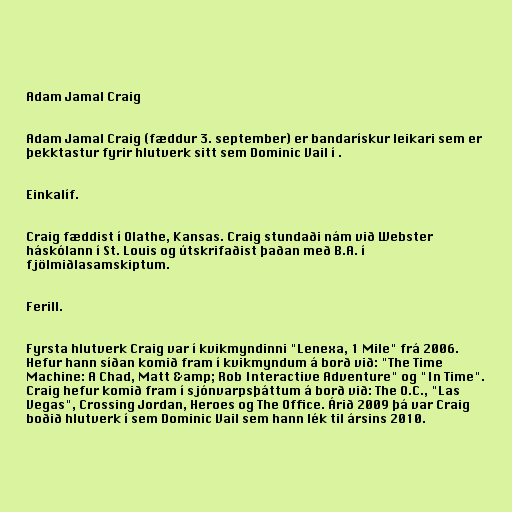
Adam Jamal Craig

Adam Jamal Craig (fæddur 3. september) er bandarískur leikari sem er
þekktastur fyrir hlutverk sitt sem Dominic Vail í .

Einkalíf.

Craig fæddist í Olathe, Kansas. Craig stundaði nám við Webster
háskólann í St. Louis og útskrifaðist þaðan með B.A. í
fjölmiðlasamskiptum.

Ferill.

Fyrsta hlutverk Craig var í kvikmyndinni "Lenexa, 1 Mile" frá 2006.
Hefur hann síðan komið fram í kvikmyndum á borð við: "The Time
Machine: A Chad, Matt &amp; Rob Interactive Adventure" og "In Time".
Craig hefur komið fram í sjónvarpsþáttum á borð við: The O.C., "Las
Vegas", Crossing Jordan, Heroes og The Office. Árið 2009 þá var Craig
boðið hlutverk í sem Dominic Vail sem hann lék til ársins 2010.